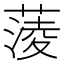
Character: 蔆